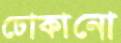
ঢোকানো